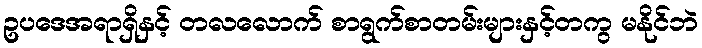
ဥပဒေအရာရှိနှင့် တလလောက် စာရွက်စာတမ်းများနှင့်တကွ မနိုင်ဘဲ